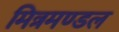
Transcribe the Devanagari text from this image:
मित्रमण्डल